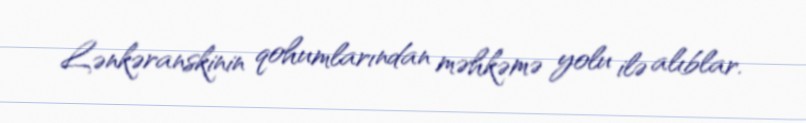
Lənkəranskinin qohumlarından məhkəmə yolu ilə alıblar.